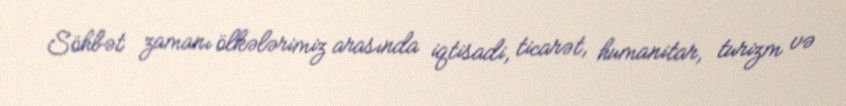
Söhbət zamanı ölkələrimiz arasında iqtisadi, ticarət, humanitar, turizm və